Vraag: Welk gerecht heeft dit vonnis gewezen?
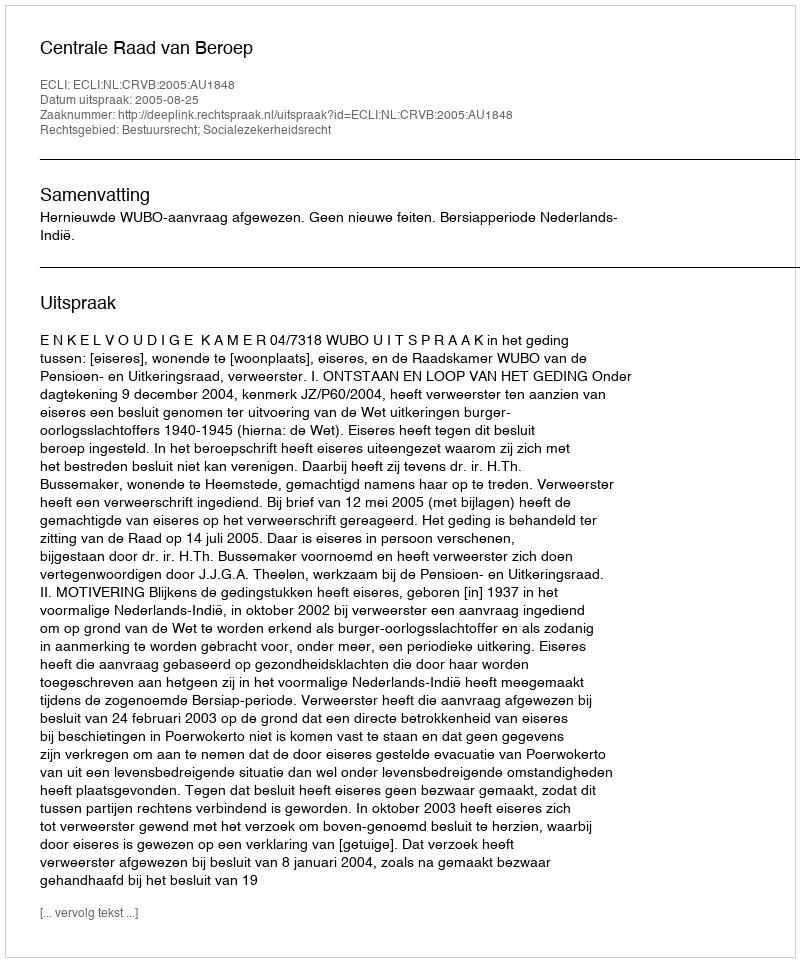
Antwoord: Centrale Raad van Beroep